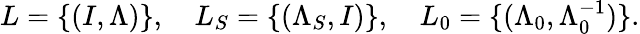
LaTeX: L=\{ (I,\Lambda)\} ,\quad L_{S}=\{ (\Lambda_{S},I)\} ,\quad L_{0}=\{ (\Lambda_{0},\Lambda_{0}^{-1})\} .